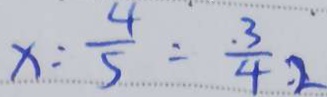
x : \frac { 4 } { 5 } = \frac { 3 } { 4 } : 2